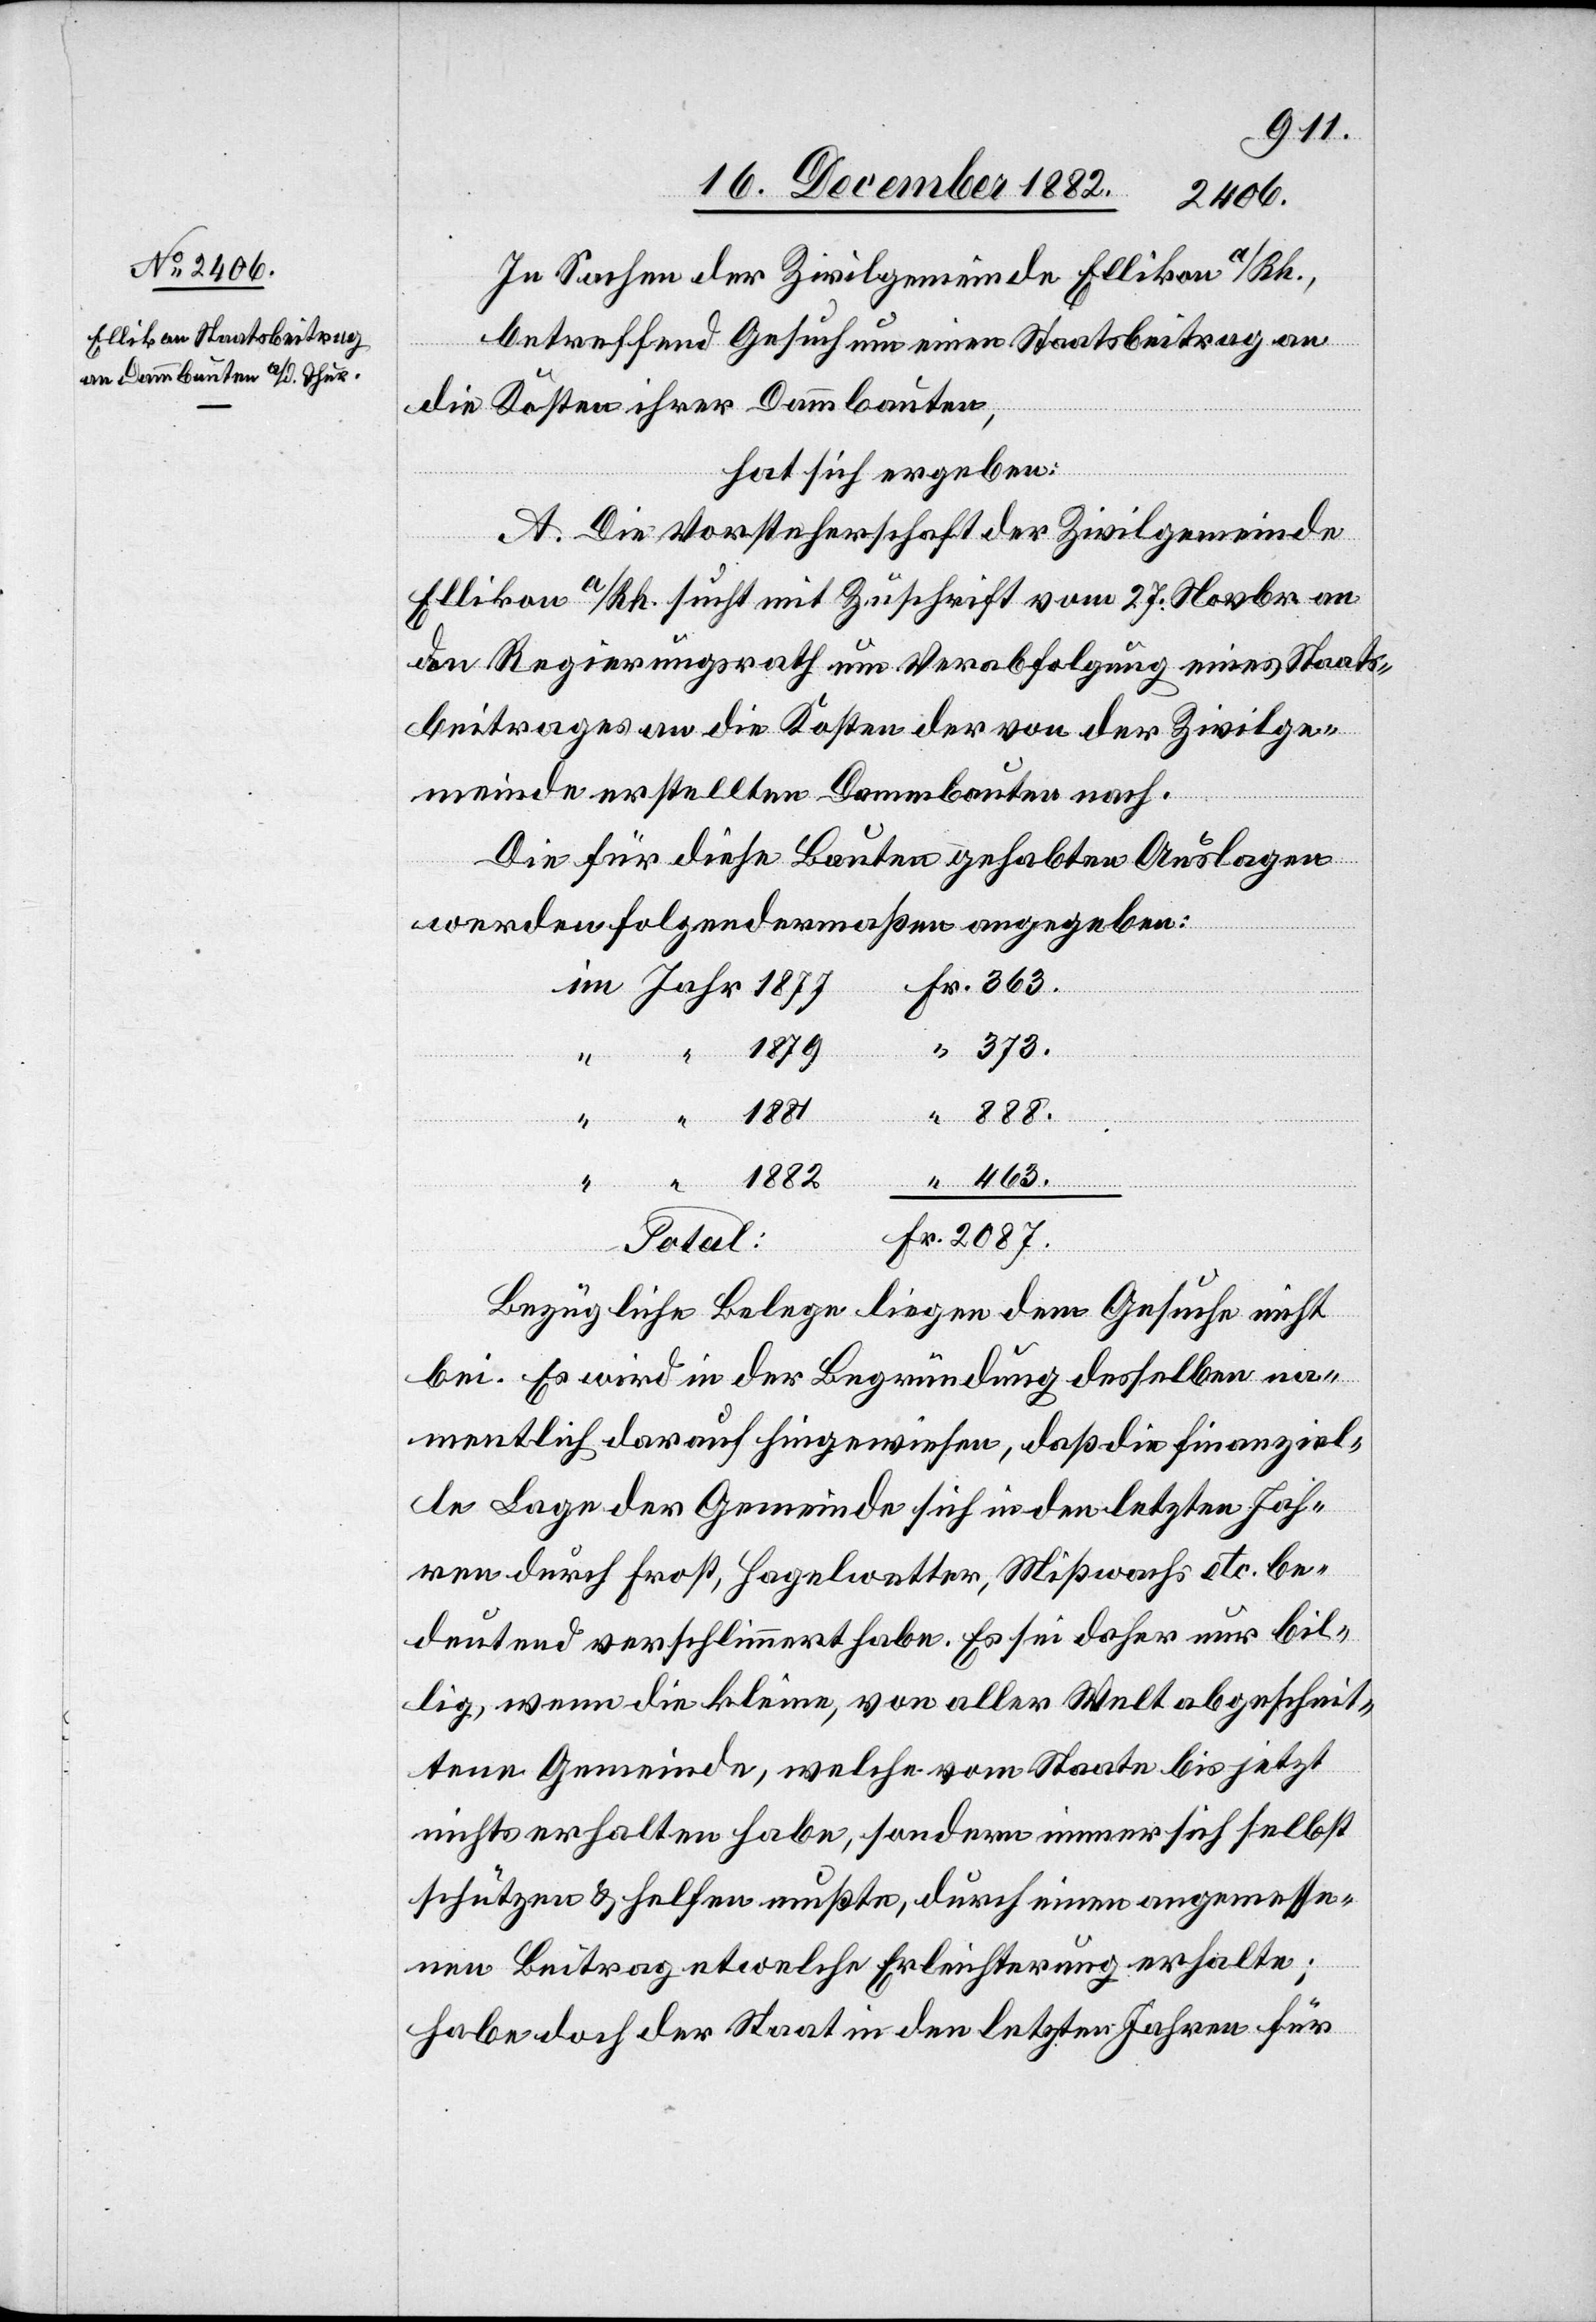
In Sachen der Zivilgemeinde Ellikon a/Rh.,
betreffend Gesuch um einen Staatsbeitrag an
die Kosten ihrer Dammbauten,
hat sich ergeben:
A. Die Vorsteherschaft der Zivilgemeinde
Ellikon a/Rh. sucht mit Zuschrift vom 27. Novbr an
den Regierungsrath um Verabfolgung eines Staats¬
beitrages an die Kosten der von der Zivilge¬
meinde erstellten Dammbauten nach.
Die für diese Bauten gehabten Auslagen
werden folgendermaßen angegeben:
1879
373.
Total
463.
“
Fr.
2087.
Bezügliche Belege liegen dem Gesuche nicht
bei. Es wird in der Begründung desselben na¬
mentlich darauf hingewiesen, daß die finanziel¬
le Lage der Gemeinde sich in den letzten Jah¬
ren durch Frost, Hagelwetter, Mißwachs etc. be¬
deutend verschlimmert habe. Es sei daher nur bil¬
lig, wenn die kleine, von aller Welt abgeschnit¬
tene Gemeinde, welche von Staate bis jetzt
nichts erhalten habe, sondern immer sich selbst
schützen & helfen mußte, durch einen angemesse¬
nen Beitrag etwelche Erleichterung erhalte;
habe doch der Staat in den letzten Jahren für